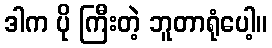
ဒါက ပို ကြီးတဲ့ ဘူတာရုံပေါ့။